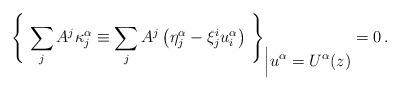
LaTeX: \begin{align*}{\left\{\ \sum\limits_{j} A^j \kappa^{\alpha}_j \equiv \sum\limits_{j} A^j \left(\eta^{\alpha}_j-\xi^i_j u_i^{\alpha}\right)\ \right\}}_{ \Big\vert \displaystyle{u^{\alpha}=U^{\alpha}(z)}}=0 \,.\end{align*}